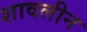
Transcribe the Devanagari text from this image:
शावलीन